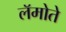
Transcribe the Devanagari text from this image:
लॅमोते